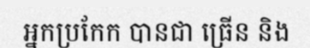
អ្នកប្រកែក បានជា ធ្រើន និង